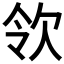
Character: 𣢝